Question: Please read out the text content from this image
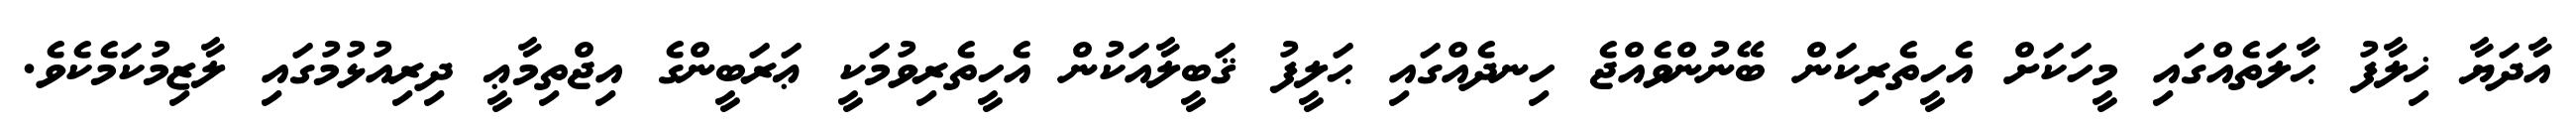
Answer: އާދަޔާ ޚިލާފު ޙާލަތެއްގައި މީހަކަށް އެހީތެރިކަން ބޭނުންވެއްޖެ ހިނދެއްގައި ޙަލީފު ޤަބީލާއަކުން އެހީތެރިވުމަކީ ޢަރަބީންގެ އިޖްތިމާޢީ ދިރިއުޅުމުގައި ލާޒިމުކަމެކެވެ.